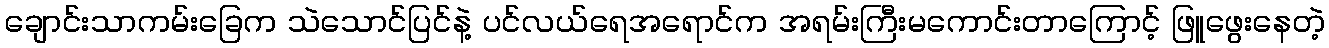
ချောင်းသာကမ်းခြေက သဲသောင်ပြင်နဲ့ ပင်လယ်ရေအရောင်က အရမ်းကြီးမကောင်းတာကြောင့် ဖြူဖွေးနေတဲ့